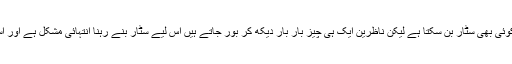
شاہد کپور نے کہا، ‘آج سوشل میڈیا کی مدد سے کوئی بھی سٹار بن سکتا ہے لیکن ناظرین ایک ہی چیز بار بار دیکھ کر بور جاتے ہیں اس لیے سٹار بنے رہنا انتہائی مشکل ہے اور اسی وجہ سے مختلف کام کرتے رہنا ضروری ہے۔